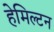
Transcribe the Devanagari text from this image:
हेमिल्‍टन